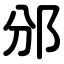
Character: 邠